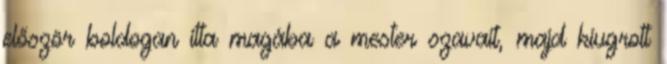
először boldogan itta magába a mester szavait, majd kiugrott